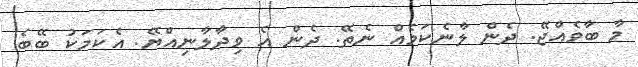
މާ ބާވެއްޖޭ. ދެން ލާނެކަމެއް ނެތޭ. ދެން އެ ވިދާލާނިއްޔޭ. އެކަމަކު ބޭބެ